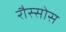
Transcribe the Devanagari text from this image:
रौस्सोस